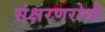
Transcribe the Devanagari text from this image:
संक्षरणरोधी